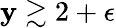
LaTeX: \mathbf{y}\gtrsim2+\epsilon